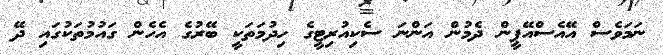
ނަމަވެސް އޭއެސްއޭޕީން ދެމުން އަންނަ ސެކިއުރިޓީގެ ހިދުމަތަކީ ބޭރުގެ އެހެން ގައުމުތަކުގައި ދޭ